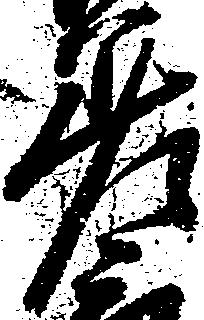
差